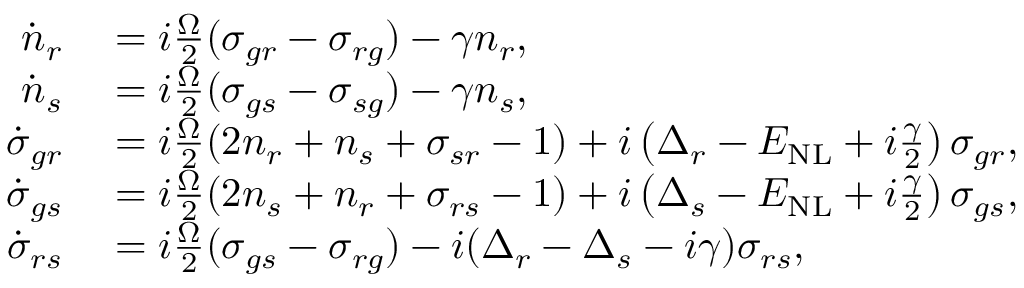
\begin{array} { r l } { \dot { n } _ { r } } & { { } = i \frac { \Omega } { 2 } ( { \sigma } _ { g r } - { \sigma } _ { r g } ) - \gamma { n } _ { r } , } \\ { \dot { n } _ { s } } & { { } = i \frac { \Omega } { 2 } ( { \sigma } _ { g s } - { \sigma } _ { s g } ) - \gamma { n } _ { s } , } \\ { \dot { \sigma } _ { g r } } & { { } = i \frac { \Omega } { 2 } ( 2 { n } _ { r } + { n } _ { s } + { \sigma } _ { s r } - 1 ) + i \left( \Delta _ { r } - E _ { \mathrm { N L } } + i \frac { \gamma } { 2 } \right) { \sigma } _ { g r } , } \\ { \dot { \sigma } _ { g s } } & { { } = i \frac { \Omega } { 2 } ( 2 { n } _ { s } + { n } _ { r } + { \sigma } _ { r s } - 1 ) + i \left( \Delta _ { s } - E _ { \mathrm { N L } } + i \frac { \gamma } { 2 } \right) { \sigma } _ { g s } , } \\ { \dot { \sigma } _ { r s } } & { { } = i \frac { \Omega } { 2 } ( { \sigma } _ { g s } - { \sigma } _ { r g } ) - i ( \Delta _ { r } - \Delta _ { s } - i { \gamma } ) { \sigma } _ { r s } , } \end{array}